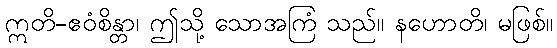
ဣတိ-ဧဝံစိန္တာ၊ ဤသို့ သောအကြံ သည်။ နဟောတိ၊ မဖြစ်။